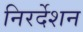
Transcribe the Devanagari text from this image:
निरर्देशन